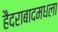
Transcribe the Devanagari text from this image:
हैदराबादमधला